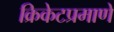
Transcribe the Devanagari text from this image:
क्रिकेटप्रमाणे